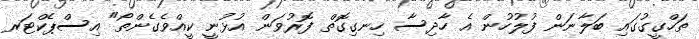
ތަހްގީގުގައި ބަލާނަން ފުލުހުން އެ ހާދިސާ ހިނގިގޮތް ފޮރުވަން އުޅުނީ ކީއްވެގެންތޯ" އިސްޕެކްޓަރ